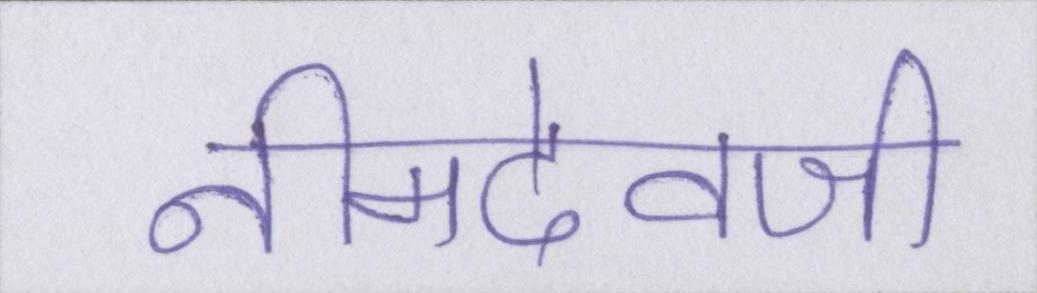
नीमदेवजी